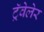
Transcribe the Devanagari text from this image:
ट्रॅवेलेर